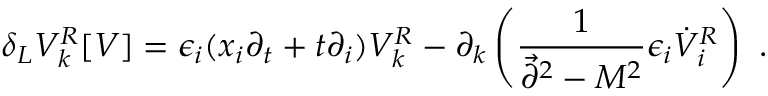
\delta _ { L } V _ { k } ^ { R } [ V ] = \epsilon _ { i } ( x _ { i } \partial _ { t } + t \partial _ { i } ) V _ { k } ^ { R } - \partial _ { k } \left( { \frac { 1 } { \vec { \partial } ^ { 2 } - M ^ { 2 } } } \epsilon _ { i } \dot { V } _ { i } ^ { R } \right) ~ .